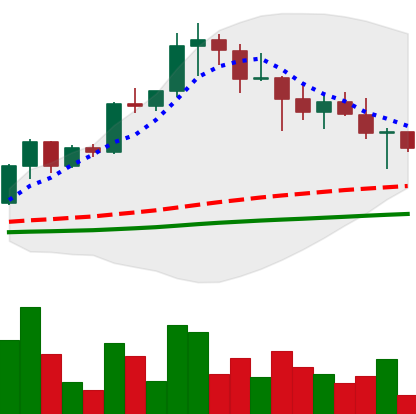
Ticker: XRP-USD
Chart end date: 2021-04-24
Forward return: 33.437%
Label: up_7plus